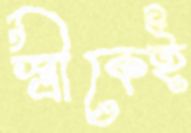
স্ত্রীকেই